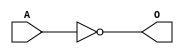
module ACINVG(A, O);
input   A;
output  O;
not g0(O, A);
endmodule